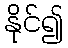
နိုင်၍